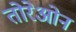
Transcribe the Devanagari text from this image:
तोरेओन